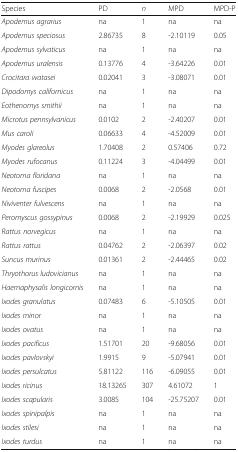
<table><thead><tr><td><b>Species</b></td><td><b>PD</b></td><td><b><i>n</i></b></td><td><b>MPD</b></td><td><b>MPD-P</b></td></tr></thead><tbody><tr><td><i>Apodemus agrarius</i></td><td>na</td><td>1</td><td>na</td><td>na</td></tr><tr><td><i>Apodemus speciosus</i></td><td>2.86735</td><td>8</td><td>-2.10119</td><td>0.05</td></tr><tr><td><i>Apodemus sylvaticus</i></td><td>na</td><td>1</td><td>na</td><td>na</td></tr><tr><td><i>Apodemus uralensis</i></td><td>0.13776</td><td>4</td><td>-3.64226</td><td>0.01</td></tr><tr><td><i>Crocitara watasei</i></td><td>0.02041</td><td>3</td><td>-3.08071</td><td>0.01</td></tr><tr><td><i>Dipodomys californicus</i></td><td>na</td><td>1</td><td>na</td><td>na</td></tr><tr><td><i>Eothenomys smithii</i></td><td>na</td><td>1</td><td>na</td><td>na</td></tr><tr><td><i>Microtus pennsylvanicus</i></td><td>0.0102</td><td>2</td><td>-2.40207</td><td>0.01</td></tr><tr><td><i>Mus caroli</i></td><td>0.06633</td><td>4</td><td>-4.52009</td><td>0.01</td></tr><tr><td><i>Myodes glareolus</i></td><td>1.70408</td><td>2</td><td>0.57406</td><td>0.72</td></tr><tr><td><i>Myodes rufocanus</i></td><td>0.11224</td><td>3</td><td>-4.04499</td><td>0.01</td></tr><tr><td><i>Neotoma floridana</i></td><td>na</td><td>1</td><td>na</td><td>na</td></tr><tr><td><i>Neotoma fuscipes</i></td><td>0.0068</td><td>2</td><td>-2.0568</td><td>0.01</td></tr><tr><td><i>Niviventer fulvescens</i></td><td>na</td><td>1</td><td>na</td><td>na</td></tr><tr><td><i>Peromyscus gossypinus</i></td><td>0.0068</td><td>2</td><td>-2.19929</td><td>0.025</td></tr><tr><td><i>Rattus norvegicus</i></td><td>na</td><td>1</td><td>na</td><td>na</td></tr><tr><td><i>Rattus rattus</i></td><td>0.04762</td><td>2</td><td>-2.06397</td><td>0.02</td></tr><tr><td><i>Suncus murinus</i></td><td>0.01361</td><td>2</td><td>-2.44465</td><td>0.02</td></tr><tr><td><i>Thryothorus ludovicianus</i></td><td>na</td><td>1</td><td>na</td><td>na</td></tr><tr><td><i>Haemaphysalis longicornis</i></td><td>na</td><td>1</td><td>na</td><td>na</td></tr><tr><td><i>Ixodes granulatus</i></td><td>0.07483</td><td>6</td><td>-5.10505</td><td>0.01</td></tr><tr><td><i>Ixodes minor</i></td><td>na</td><td>1</td><td>na</td><td>na</td></tr><tr><td><i>Ixodes ovatus</i></td><td>na</td><td>1</td><td>na</td><td>na</td></tr><tr><td><i>Ixodes pacificus</i></td><td>1.51701</td><td>20</td><td>-9.68056</td><td>0.01</td></tr><tr><td><i>Ixodes pavlovskyi</i></td><td>1.9915</td><td>9</td><td>-5.07941</td><td>0.01</td></tr><tr><td><i>Ixodes persulcatus</i></td><td>5.81122</td><td>116</td><td>-6.09055</td><td>0.01</td></tr><tr><td><i>Ixodes ricinus</i></td><td>18.13265</td><td>307</td><td>4.61072</td><td>1</td></tr><tr><td><i>Ixodes scapularis</i></td><td>3.0085</td><td>104</td><td>-25.75207</td><td>0.01</td></tr><tr><td><i>Ixodes spinipalpis</i></td><td>na</td><td>1</td><td>na</td><td>na</td></tr><tr><td><i>Ixodes stilesi</i></td><td>na</td><td>1</td><td>na</td><td>na</td></tr><tr><td><i>Ixodes turdus</i></td><td>na</td><td>1</td><td>na</td><td>na</td></tr></tbody></table>